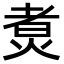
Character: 煑